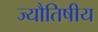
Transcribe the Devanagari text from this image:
ज्यौतिषीय